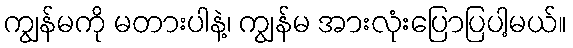
ကျွန်မကို မတားပါနဲ့၊ ကျွန်မ အားလုံးပြောပြပါ့မယ်။